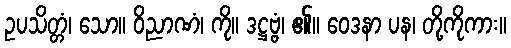
ဥပသိတ္တံ၊ သော။ ဝိညာဏံ၊ ကို။ ဒဋ္ဌဗ္ဗံ၊ ၏။ ဝေဒနာ ပန၊ တို့ကိုကား။